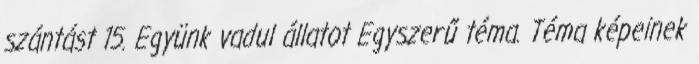
szántást 15. Együnk vadul állatot Egyszerű téma. Téma képeinek